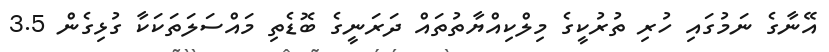
އޭނާގެ ނަމުގައި ހުރި ތުރުކީގެ މިލްކިއްޔާތުތައް ދަރަނީގެ ބޮޑެތި މައްސަލަތަކަކާ ގުޅިގެން 3.5